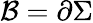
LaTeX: {\cal B}=\partial\Sigma